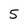
Character: 5